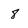
Character: 8